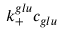
k _ { + } ^ { g l u } c _ { g l u }